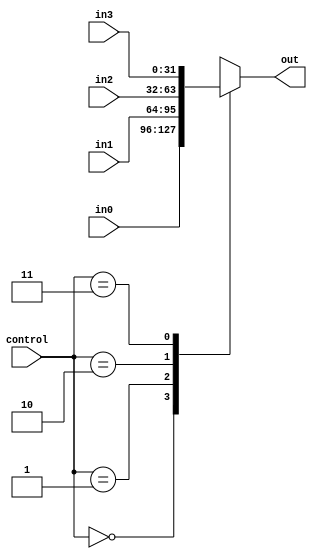
`timescale 1ns / 1ps
//////////////////////////////////////////////////////////////////////////////////
// Company: 
// Engineer: 
// 
// Design Name: 
// Module Name:    Mux4to1 
// Project Name: 
// Target Devices: 
// Tool versions: 
// Description: 
//
// Dependencies: 
//
// Revision: 
// Revision 0.01 - File Created
// Additional Comments: 
//
//////////////////////////////////////////////////////////////////////////////////
module Mux4to1(control,in0,in1,in2,in3,out);
	 parameter EM = 31;
	 input [1:0] control;
    input [EM:0] in0;
    input [EM:0] in1;
	 input [EM:0] in2;
	 input [EM:0] in3;
    output reg [EM:0] out;
always@(*)    
begin
	 case(control)
	 2'b00: out = in0;
	 2'b01: out = in1;
	 2'b10: out = in2;
	 2'b11: out = in3;
	endcase
end	
endmodule